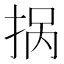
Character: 𱟽